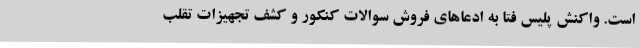
است. واکنش پلیس فتا به ادعاهای فروش سوالات کنکور و کشف تجهیزات تقلب